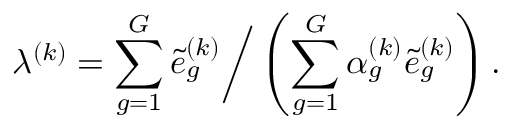
\lambda ^ { ( k ) } = \sum _ { g = 1 } ^ { G } \tilde { e } _ { g } ^ { ( k ) } \bigg / \left( \sum _ { g = 1 } ^ { G } \alpha _ { g } ^ { ( k ) } \tilde { e } _ { g } ^ { ( k ) } \right) .